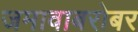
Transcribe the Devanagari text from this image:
जमावाबरोबर